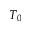
T _ { 0 }